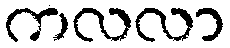
ကလလာ